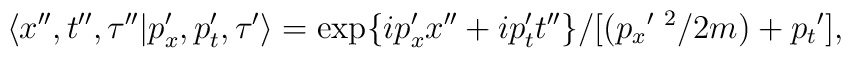
\langle x'',t'',\tau'' |p_x',p_t',\tau'\rangle= \exp\{ip_x'x''+ip_t't''\}/[({p_x}'^{\ 2}/2m)+{p_t}'],